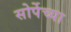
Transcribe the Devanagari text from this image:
सोर्पेच्या